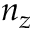
n _ { z }